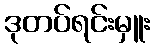
ဒုတပ်ရင်းမှူး